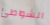
الشواطئ